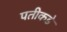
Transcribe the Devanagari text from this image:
पतीकडे